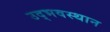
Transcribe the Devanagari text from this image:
उद्भवस्थान